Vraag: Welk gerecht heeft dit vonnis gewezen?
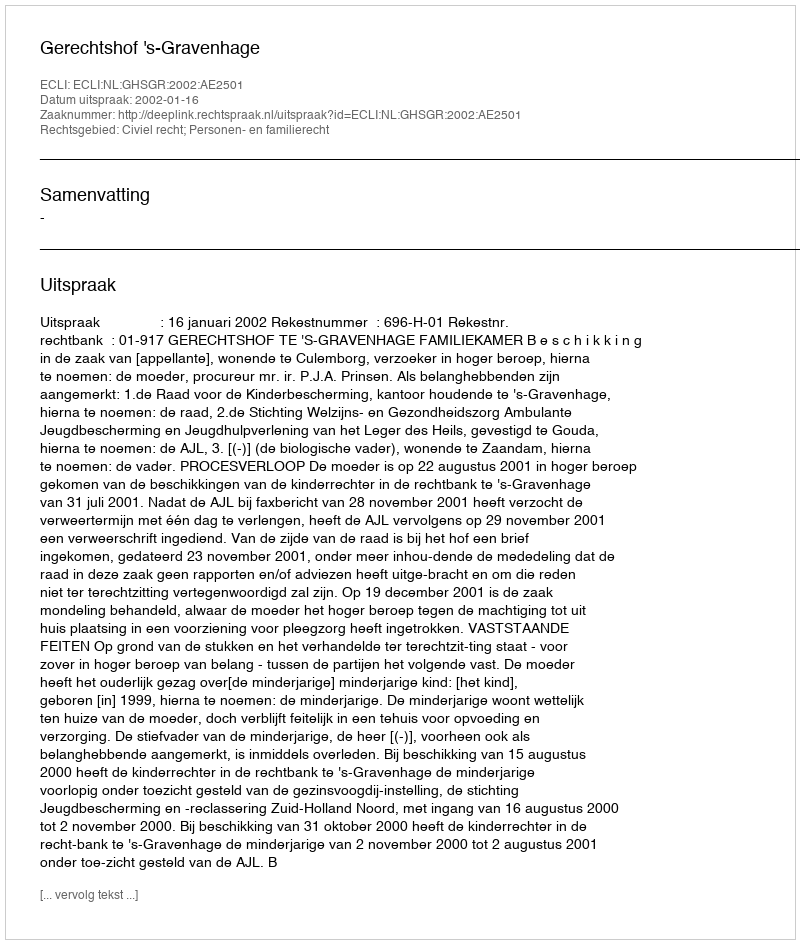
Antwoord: Gerechtshof 's-Gravenhage